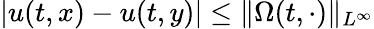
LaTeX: |u(t,x)-u(t,y)|\leq\| \Omega(t,\cdot)\| _{L^{\infty}}